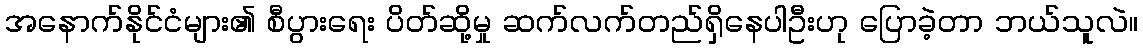
အနောက်နိုင်ငံများ၏ စီပွားရေး ပိတ်ဆို့မှု ဆက်လက်တည်ရှိနေပါဦးဟု ပြောခဲ့တာ ဘယ်သူလဲ။